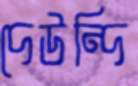
দেউন্দি